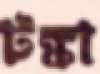
টঙ্কা